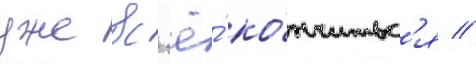
уже вс'ё́ ко́нчитьс'я //